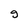
Character: 9